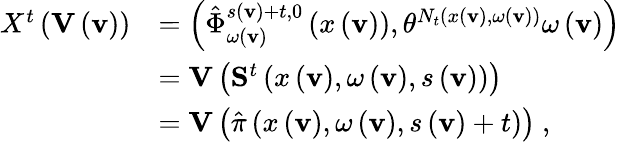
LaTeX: \begin{array}{rl}{X^{t}\left(\mathbf{V}\left(\mathbf{v}\right)\right)}&{=\left(\hat{\Phi}_{\omega\left(\mathbf{v}\right)}^{s\left(\mathbf{v}\right)+t,0}\left(x\left(\mathbf{v}\right)\right),\theta^{N_{t}\left(x\left(\mathbf{v}\right),\omega\left(\mathbf{v}\right)\right)}\omega\left(\mathbf{v}\right)\right)}\\ &{=\mathbf{V}\left(\mathbf{S}^{t}\left(x\left(\mathbf{v}\right),\omega\left(\mathbf{v}\right),s\left(\mathbf{v}\right)\right)\right)}\\ &{=\mathbf{V}\left(\hat{\pi}\left(x\left(\mathbf{v}\right),\omega\left(\mathbf{v}\right),s\left(\mathbf{v}\right)+t\right)\right)\ ,}\end{array}